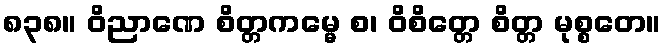
၈၃၈။ ဝိညာဏေ စိတ္တကမ္မေ စ၊ ဝိစိတ္တေ စိတ္တ မုစ္စတေ။